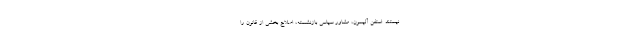
نیستند. استفن آلیسون، مشاور سیاسی بازنشسته، اصلاح بخشی از قانون را